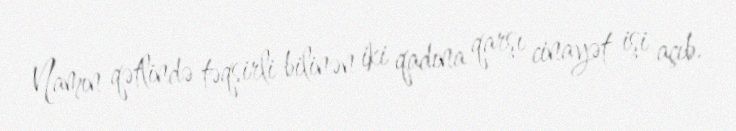
Namın qətlində təqsirli bilinən iki qadına qarşı cinayət işi açıb.